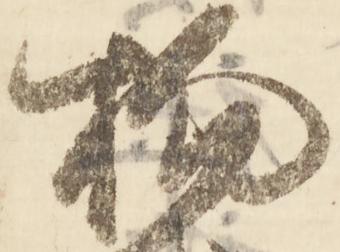
物